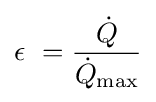
\epsilon \ ={\frac {\dot {Q}}{{\dot {Q}}_{\mathrm {max} }}}